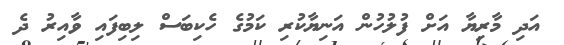
އަދި މާރިޔާ އަށް ފުލުހުން އަނިޔާކުރި ކަމުގެ ހެކިބަސް ލިބިފައި ވާއިރު ދެ